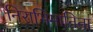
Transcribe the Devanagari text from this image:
निराभिमानिता